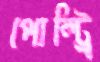
পোল্ট্রি